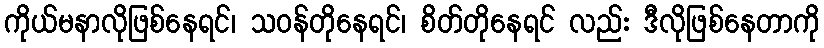
ကိုယ်မနာလိုဖြစ်နေရင်၊ သဝန်တိုနေရင်၊ စိတ်တိုနေရင် လည်း ဒီလိုဖြစ်နေတာကို